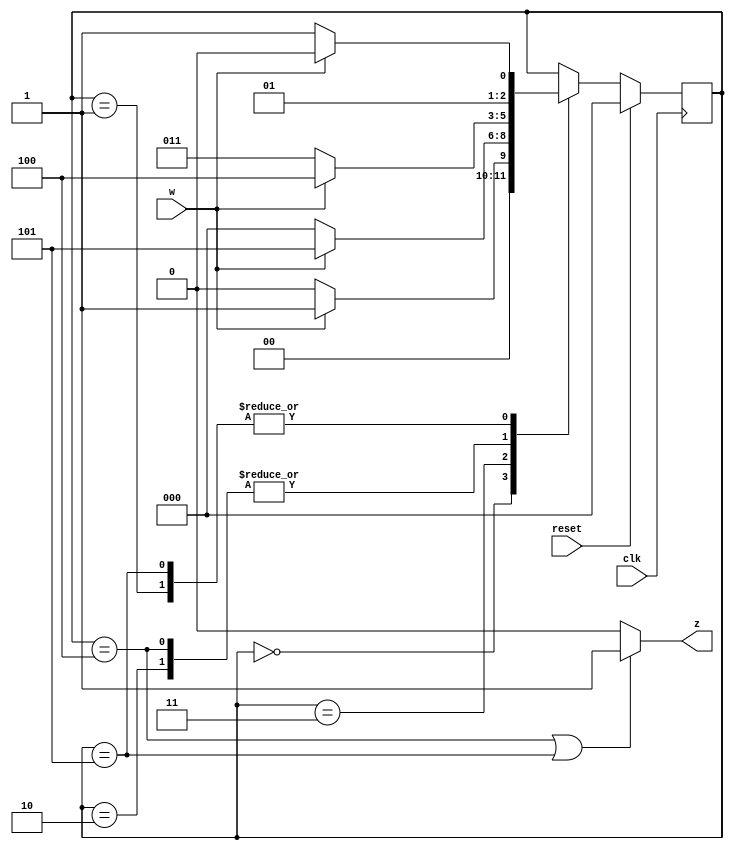
module top_module (
    input clk,
    input reset,   // Synchronous active-high reset
    input w,
    output z
);

    parameter A=0, B=1, C=2, D=3, E=4, F=5;
    reg [2:0] PS, NS;
    
    assign z = ((PS == E) || (PS == F))? 1:0;
        
    always @(*)
        case(PS)
            A: NS = (~w)? A:B;
            B: NS = (~w)? D:C;
            C: NS = (~w)? D:E;
            D: NS = (~w)? A:F;
            E: NS = (~w)? D:E;
            F: NS = (~w)? D:C;
            default: NS = PS;
        endcase
    
    always @(posedge clk)
        if(reset)
            PS = A;
    	else
            PS = NS;
endmodule